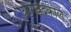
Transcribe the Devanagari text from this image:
ऋगवेदकाल